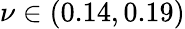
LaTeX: \nu\in(0.14,0.19)